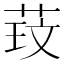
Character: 𫈑